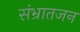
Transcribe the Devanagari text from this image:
संभ्रातजन